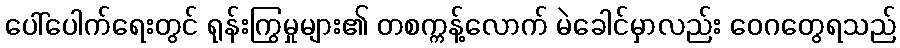
ပေါ်ပေါက်ရေးတွင် ရုန်းကြွမှုများ၏ တစက္ကန့်လောက် မဲခေါင်မှာလည်း ဝေဂတွေရသည်